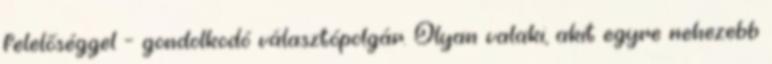
felelőséggel – gondolkodó választópolgár. Olyan valaki, akit egyre nehezebb